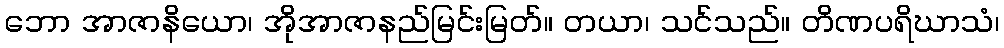
ဘော အာဇာနိယော၊ အိုအာဇာနည်မြင်းမြတ်။ တယာ၊ သင်သည်။ တိဏပရိဃာသံ၊